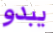
يبدو